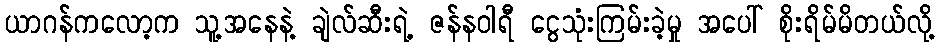
ယာဂန်ကလော့က သူ့အနေနဲ့ ချဲလ်ဆီးရဲ့ ဇန်နဝါရီ ငွေသုံးကြမ်းခဲ့မှု အပေါ် စိုးရိမ်မိတယ်လို့